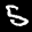
Label: 5